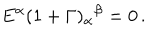
LaTeX: E ^ { \alpha } ( 1 + \Gamma ) _ { \alpha } { } ^ { \beta } = 0 \, .